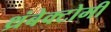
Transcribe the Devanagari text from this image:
थ्रंबेक्टोमी